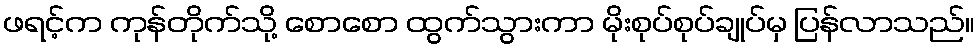
ဖရင့်က ကုန်တိုက်သို့ စောစော ထွက်သွားကာ မိုးစုပ်စုပ်ချုပ်မှ ပြန်လာသည်။